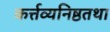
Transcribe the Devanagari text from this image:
कर्त्तव्यनिष्ठतथा